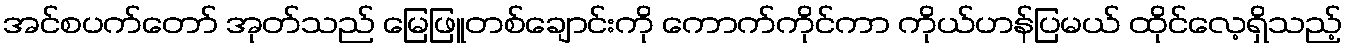
အင်စပက်တော် အုတ်သည် မြေဖြူတစ်ချောင်းကို ကောက်ကိုင်ကာ ကိုယ်ဟန်ပြမယ် ထိုင်လေ့ရှိသည့်